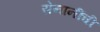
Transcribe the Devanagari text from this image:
सेनानींची